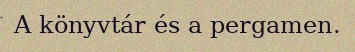
A könyvtár és a pergamen.